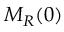
M _ { R } ( 0 )